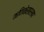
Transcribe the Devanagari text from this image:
कणिकेसारखा